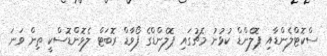
ސްކޮޓްލެންޑާއި ޕޮލެންޑް ކުޅުނު މެޗުގައި ޕޮލެންޑްގެ ފޯވާޑް ރޮބަޓް ލެވޮންޑޮސްކީ ތިން ވަނަ